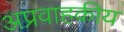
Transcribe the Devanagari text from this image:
अप्रवाहकीय